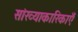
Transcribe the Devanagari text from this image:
सांख्याकारिकाएँ